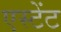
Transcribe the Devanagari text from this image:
एस्टेंट